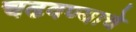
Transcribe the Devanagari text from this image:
चढवण्याचे